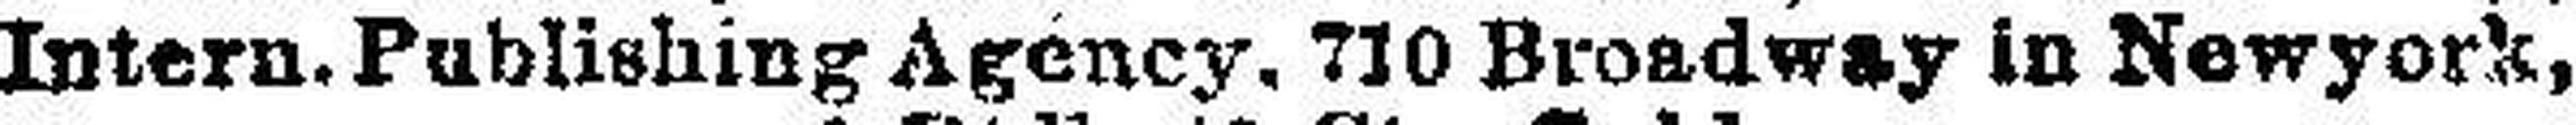
Intern. Publishing Agency. 710 Broadway in Newyork,